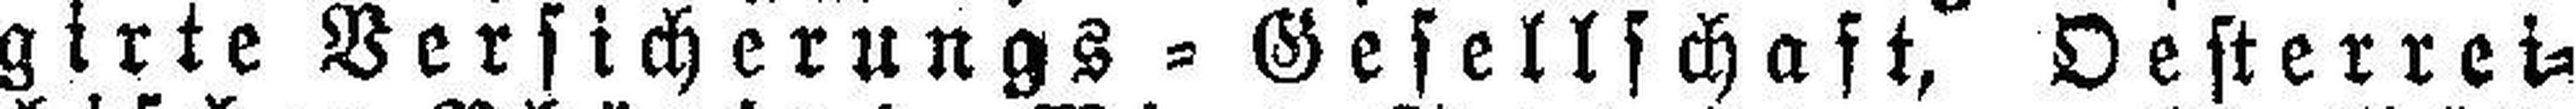
girte Versicherungs = Gesellschaft, Oesterrei¬